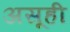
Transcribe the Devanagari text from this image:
असूही